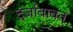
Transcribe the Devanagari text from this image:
दर्जाबाबत